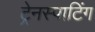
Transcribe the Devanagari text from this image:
ट्रेनस्पाटिंग